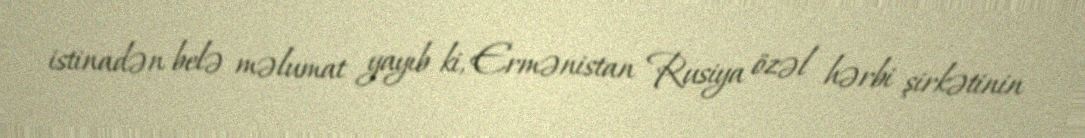
istinadən belə məlumat yayıb ki, Ermənistan Rusiya özəl hərbi şirkətinin